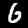
Digit: 6